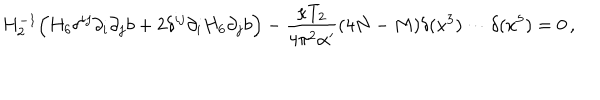
H _ { 2 } ^ { - 1 } \Big ( H _ { 6 } \delta ^ { i j } \partial _ { i } \partial _ { j } b + 2 \delta ^ { i j } \partial _ { i } H _ { 6 } \partial _ { j } b \Big ) - \frac { \kappa T _ { 2 } } { 4 \pi ^ { 2 } \alpha ^ { \prime } } ( 4 N - M ) \delta ( x ^ { 3 } ) \cdots \delta ( x ^ { 5 } ) = 0 \, ,